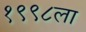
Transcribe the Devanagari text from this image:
१९९८ला